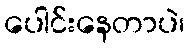
ပေါင်းနေတာပဲ၊